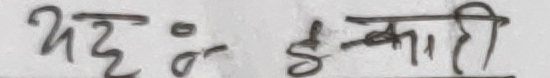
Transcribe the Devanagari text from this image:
यह : इ-काली